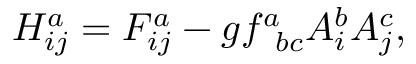
H _ { i j } ^ { a } = F _ { i j } ^ { a } - g f _ { \; \; b c } ^ { a } A _ { i } ^ { b } A _ { j } ^ { c } ,